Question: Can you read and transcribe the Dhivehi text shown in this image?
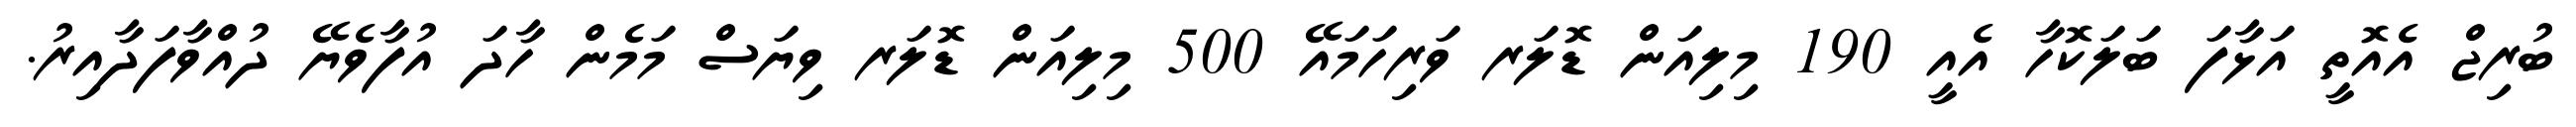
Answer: ބުރިޖް އެއޮތީ އަޅާފަ ބަލަކޮހާ އެއީ 190 މިލިއަން ޑޮލަރ ވަރިހަމައޭ 500 މިލިއަން ޑޮލަރ ވިޔަސް މަމެން ހާދަ އުފާވެޔޭ ދުއްވާފަދާއިރު.